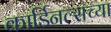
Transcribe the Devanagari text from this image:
कार्डिनल्सच्या